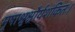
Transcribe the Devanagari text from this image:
मृषाश्रुश्चौर्यशंकितः।